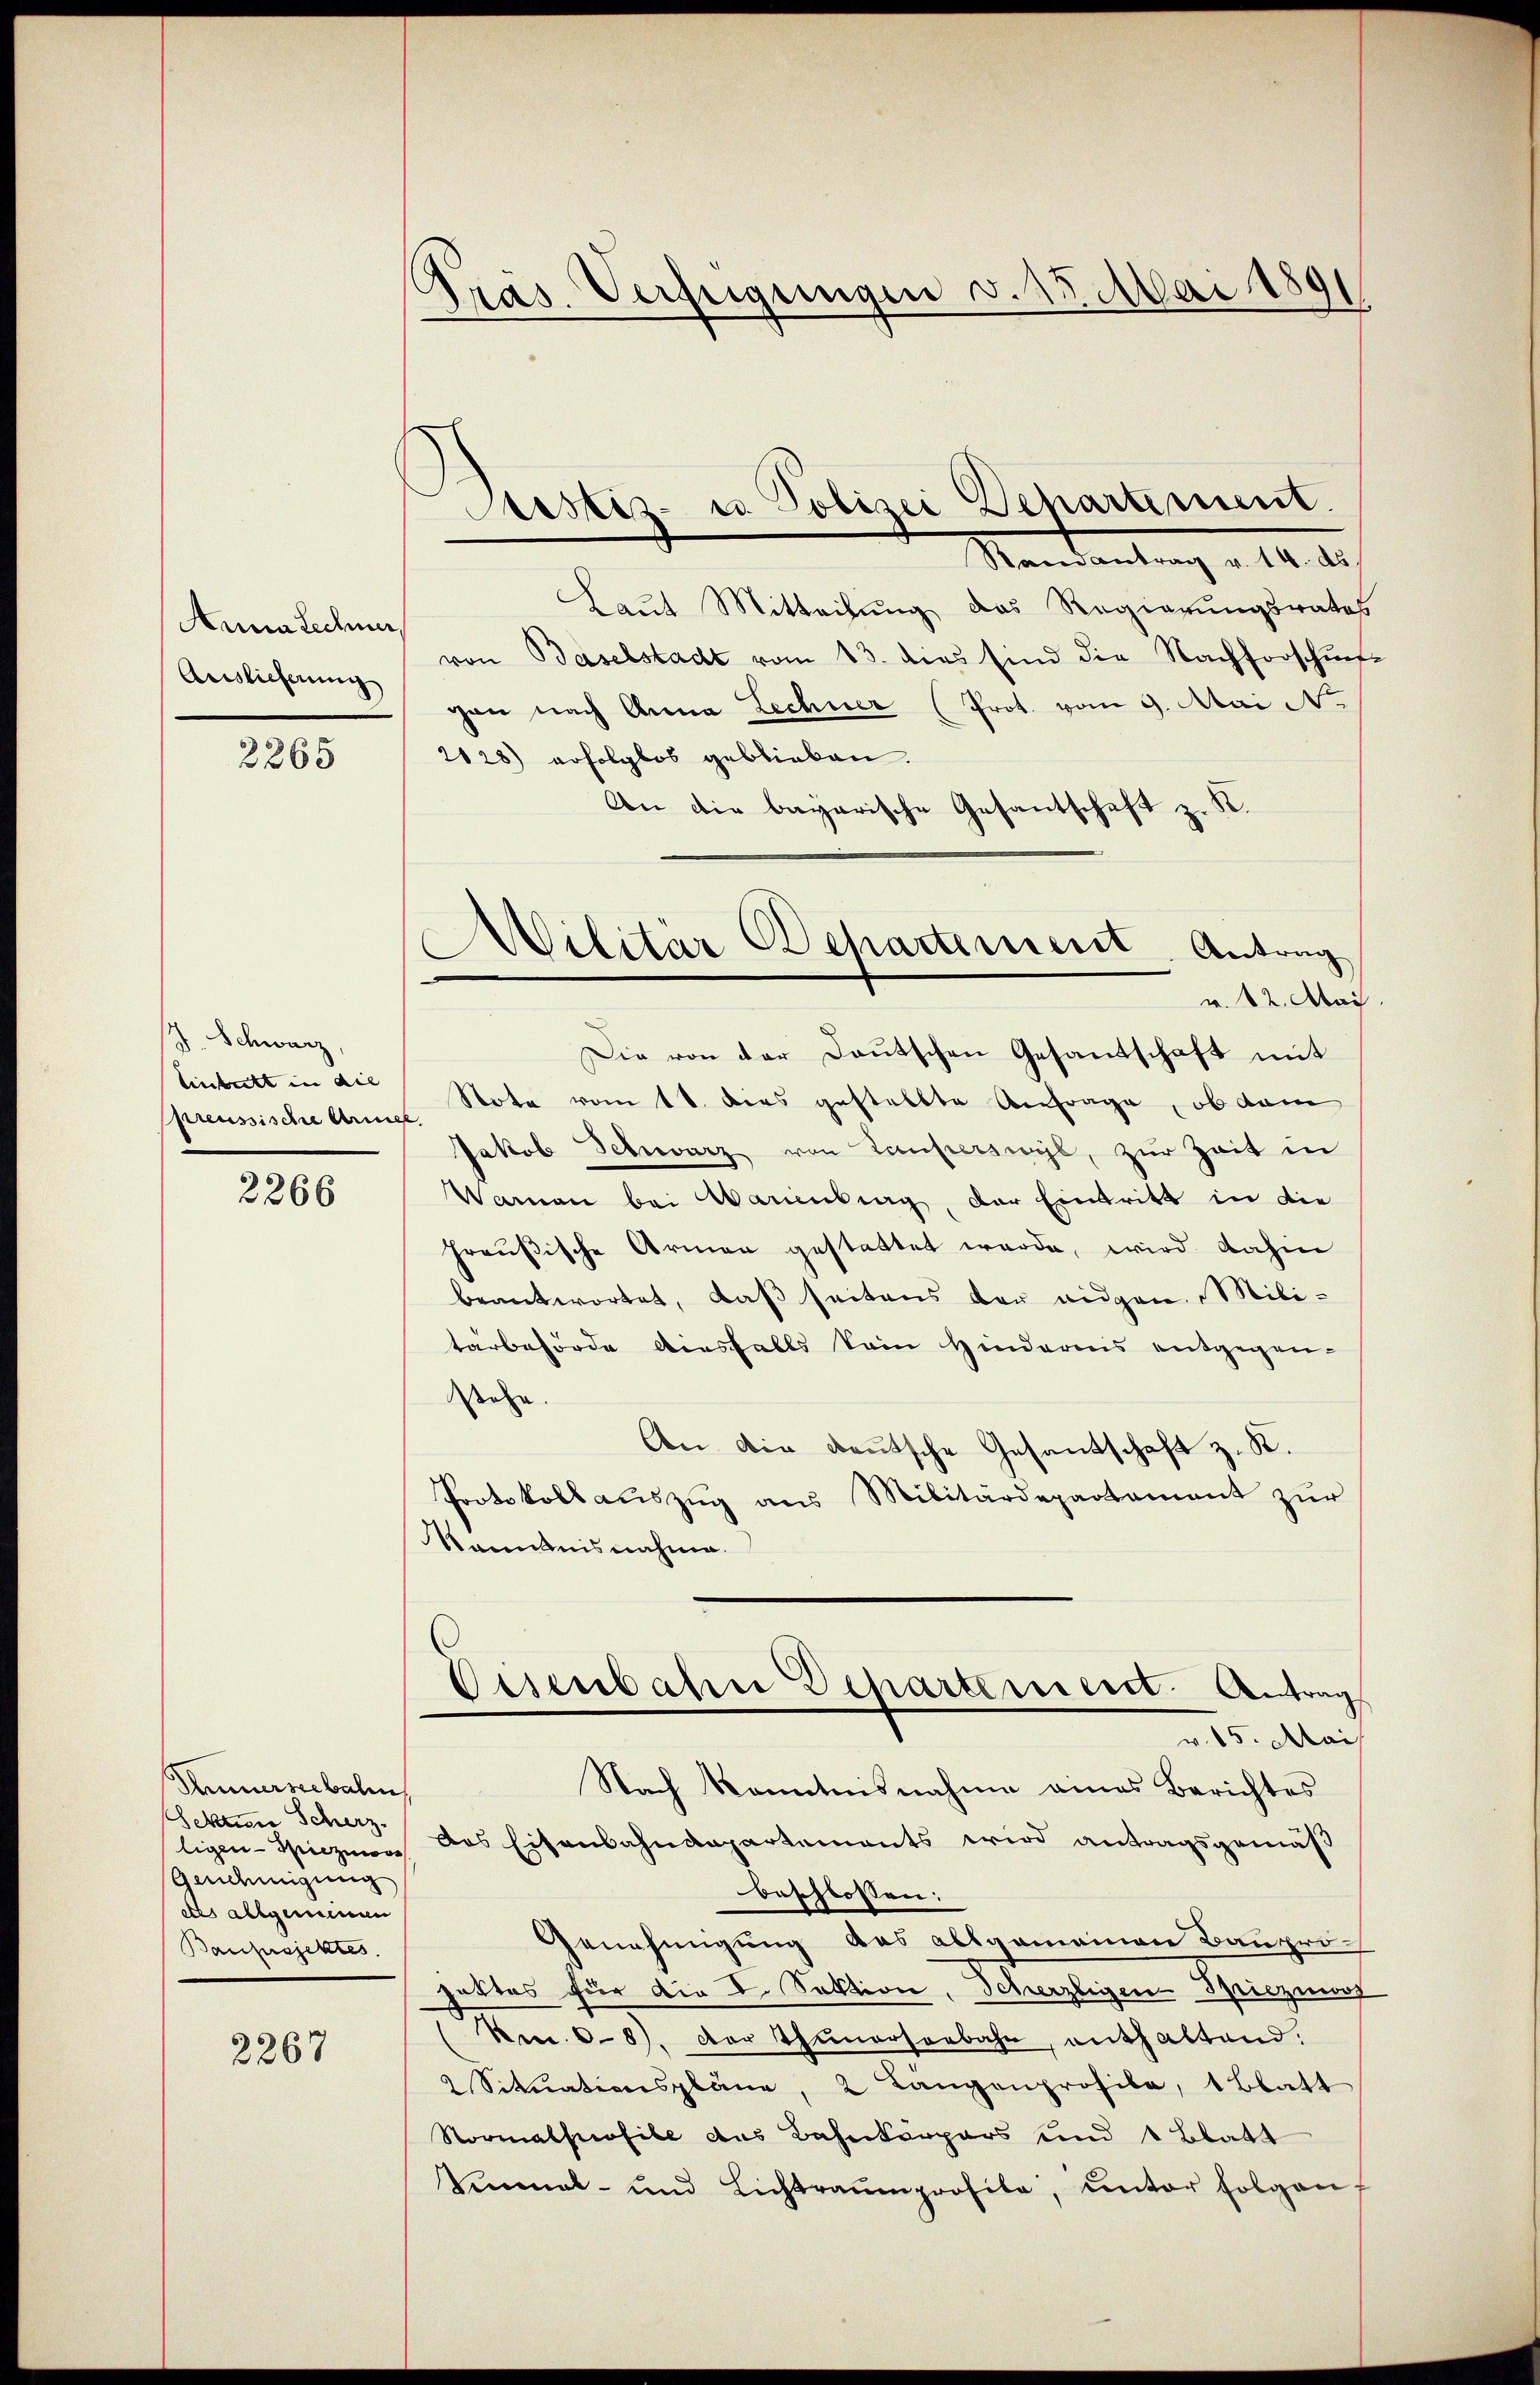
Anna Leder
Auslieferung

2265

J. Schwarz,
Einbett in die
preussischer Armee.

2266

Thunerseebalin
ekten Scherz
Genehmigung
dles allgemeinen
Baufsjektes.

2267

Präs. Verfügungen v. 15. Mai 189

Astiz- u. Polizei Departement.

Militär Departement. Antrag
v. 12. Mai

Randantrag v. 14. ds
Laut Mitteilung das Regierungsrates
von Baselstadt vom 13. dies sind die Nachforschŭn
gen nach Anna Lechner (Prot. vom 9. Mai No
2128) erfolglos geblieben.
An die bayarische Gesantschaft z. K.
8
Die von der Deutschen Gesandschaft mit
Note vom 11. dies gestellte Anfrage, ob dam
Jakob Schwarz von Lauperswyl, zur Zeit in
Warnen bei Marienburg, der Eintritt in die
Preußische Armen gestattet werde, wird dahe
beantwortet, daß seitens der eidgen. Militärbehörde diesfalls kein Hinderes entgegen-
dssehen |
An die deutsche Gesandschaft z. R.
Protokollauszug aus Militärdepartement zur
Kenntnisnahme.
Visenbahn Dehartement. Antrag
v. 15. Mai
Nach Kenntnisnahme eines Berichtes
ligen Spiezmois das Eisenbahndepartements wird antragsgemäß
beschlossen:
Genehmigung das allgemeinen Bauprohattes für die I. Sektion, Scherzligen Spiezinof
Nm. 68. Der Thunerseebahn, enthaltend.
2 Sitŭationspläne, 2 Langenprofile, 1 Blatt
Normalhofile das Bahnkörpers und 1 Blatt
Vennal- und Lichtraumprofila, ŭnter folgen